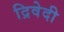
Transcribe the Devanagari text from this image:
द्रिवेदी